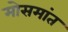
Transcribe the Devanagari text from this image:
मोसमांत